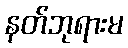
နတ်ဘုရားမ